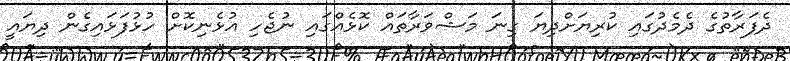
ދެފަރާތުގެ ދެމެދުގައި ކުރިޔަށްދިޔަ ގިނަ މަޝްވަރާތައް ކޮޅެއްގައި ނުޖެހި އުޅެނިކޮށް ހުޅުފަޅައިގެން ދިޔައީ